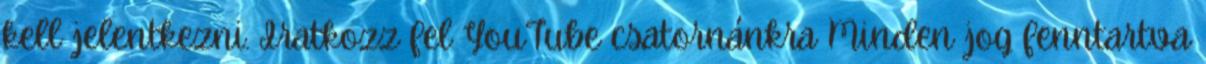
kell jelentkezni. Iratkozz fel YouTube csatornánkra Minden jog fenntartva